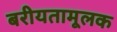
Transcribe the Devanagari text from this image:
बरीयतामूलक